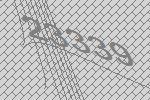
23339